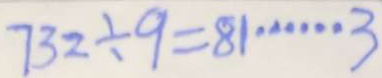
7 3 2 \div 9 = 8 1 \cdots 3